Lunatic asylums in Bengal annual reports 1899-1911 - 1899-1911
Year: 1899
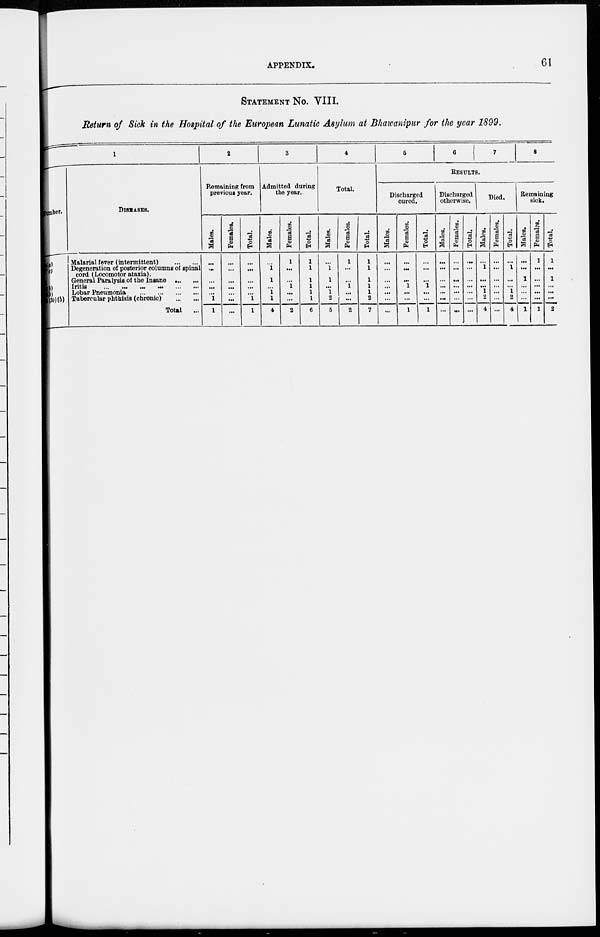
APPENDIX.
61
STATEMENT No. VIII.
Return of Sick in the Hospital of the European Lunatic Asylum at Bhawanipur for the year 1899.
1
Number.
(a)
(c)
(b)
(b)
4(30)(b)
DISEASES.
Malarial fever (intermittent)
...
...
Degeneration of posterior columns of spinal
cord (Locomotor ataxia).
General Paralysis of the Insane
...
...
Iritis
...
...
...
... ...
...
Lobar Pneumonia ... ... ... ... ...
Tubercular phthisis (chronic) ... ... ...
Total
...
2
Remaining from
previous year.
Males.
...
...
...
...
...
1
1
Females.
...
...
...
...
...
...
...
Total.
...
...
...
...
...
1
1
3
Admitted during
the year.
Males.
...
1
1
...
1
1
4
Females.
1
...
...
1
...
...
2
Total.
1
1
1
1
1
1
6
4
Total.
Males.
...
1
1
...
1
2
5
Females.
1
...
...
1
...
...
2
Total.
1
1
1
1
1
2
7
5
6
7
8
RESULTS.
Discharged
cured.
Males.
...
...
...
...
...
...
...
Females.
...
...
...
1
...
...
1
Total.
...
...
...
1
...
...
1
Discharged
otherwise.
Males.
...
...
...
...
...
...
...
Females.
...
...
...
...
...
...
...
Total.
...
...
...
...
...
...
...
Died.
Males.
...
1
...
...
1
2
4
Females.
...
...
...
...
...
...
...
Total.
...
1
...
...
1
2
4
Remaining
sick.
Males.
...
...
1
...
...
...
1
Females.
1
...
...
...
...
...
1
Total.
1
...
1
...
...
2